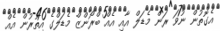
އެގޮތުން ނުވަ ރަން މެޑަލް އާއި އެއް ބްރޯންޒް މެޑަލްގެ އިތުރުން އެއް